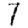
Digit: 7